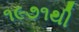
૧૯૭૧થી